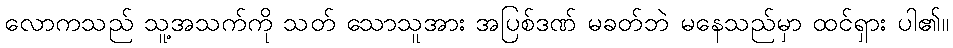
လောကသည် သူ့အသက်ကို သတ် သောသူအား အပြစ်ဒဏ် မခတ်ဘဲ မနေသည်မှာ ထင်ရှား ပါ၏။